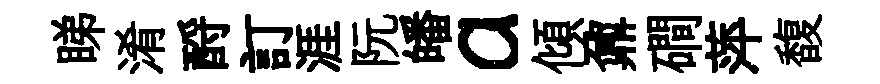
睇淆酹訂涯阮皤a傾鼐磵萍馥